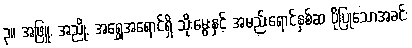
၃။ အဖြူ, အညို, အရွှေအရောင်ရှိ သိုးမွေးနှင့် အမည်းရောင်နှစ်ဆ ပိုပြုသောအခင်း